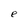
Character: e